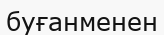
буғанменен